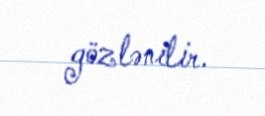
gözlənilir.